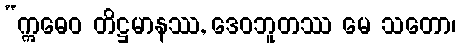
“ဣဓေဝ တိဋ္ဌမာနဿ, ဒေဝဘူတဿ မေ သတော၊